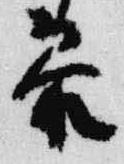
参